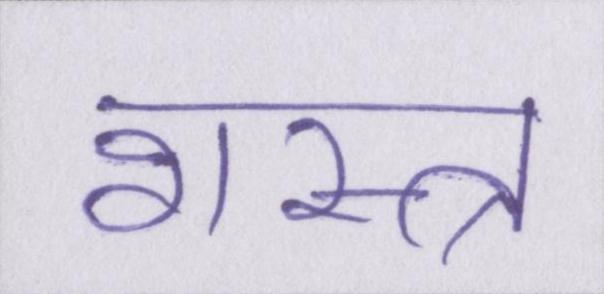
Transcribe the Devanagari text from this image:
शस्त्र